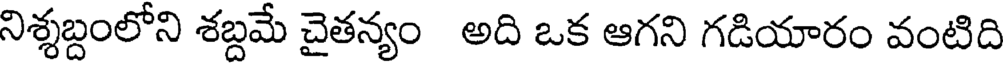
నిశ్శబ్దంలోని శబ్దమే చైతన్యం అది ఒక ఆగని గడియారం వంటిది